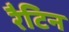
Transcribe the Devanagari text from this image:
रैटिन